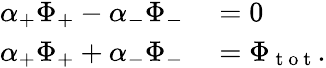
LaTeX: \begin{array}{rl}{\alpha_{+}\Phi_{+}-\alpha_{-}\Phi_{-}}&{{}=0}\\ {\alpha_{+}\Phi_{+}+\alpha_{-}\Phi_{-}}&{{}=\Phi_{\mathrm{~t~o~t~}}.}\end{array}